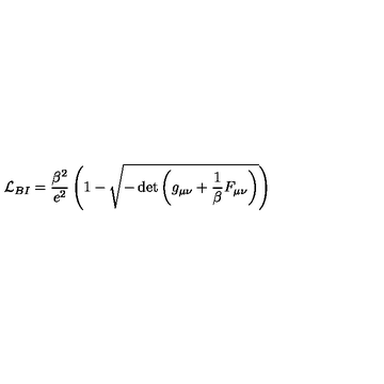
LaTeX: { \cal L } _ { { B I } } = \frac { \beta ^ { 2 } } { e ^ { 2 } } \left( 1 - \sqrt { - \det \left( g _ { \mu \nu } + \frac 1 \beta F _ { \mu \nu } \right) } \right)